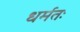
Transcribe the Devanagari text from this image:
धर्मतः